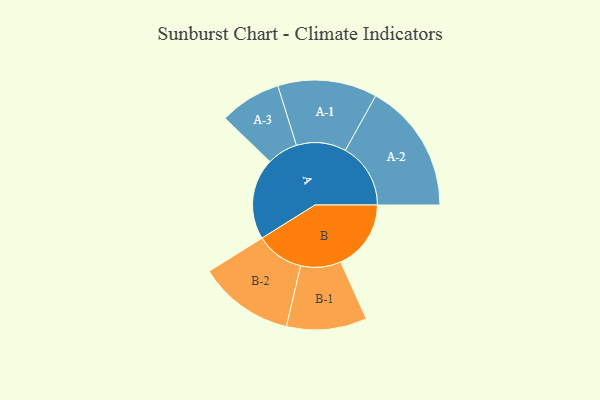
{"axis": {"x": "Segment", "y": "Value"}, "legend": ["", "A", "B"], "data": [{"x": "A", "y": 370, "type": ""}, {"x": "B", "y": 320, "type": ""}, {"x": "A-1", "y": 226, "type": "A"}, {"x": "A-2", "y": 297, "type": "A"}, {"x": "A-3", "y": 140, "type": "A"}, {"x": "B-1", "y": 183, "type": "B"}, {"x": "B-2", "y": 218, "type": "B"}]}